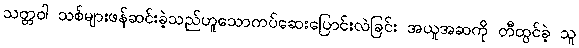
သတ္တဝါ သစ်များဖန်ဆင်းခဲ့သည်ဟူသောကပ်ဆေးပြောင်းလဲခြင်း အယူအဆကို တီထွင်ခဲ့ သူ